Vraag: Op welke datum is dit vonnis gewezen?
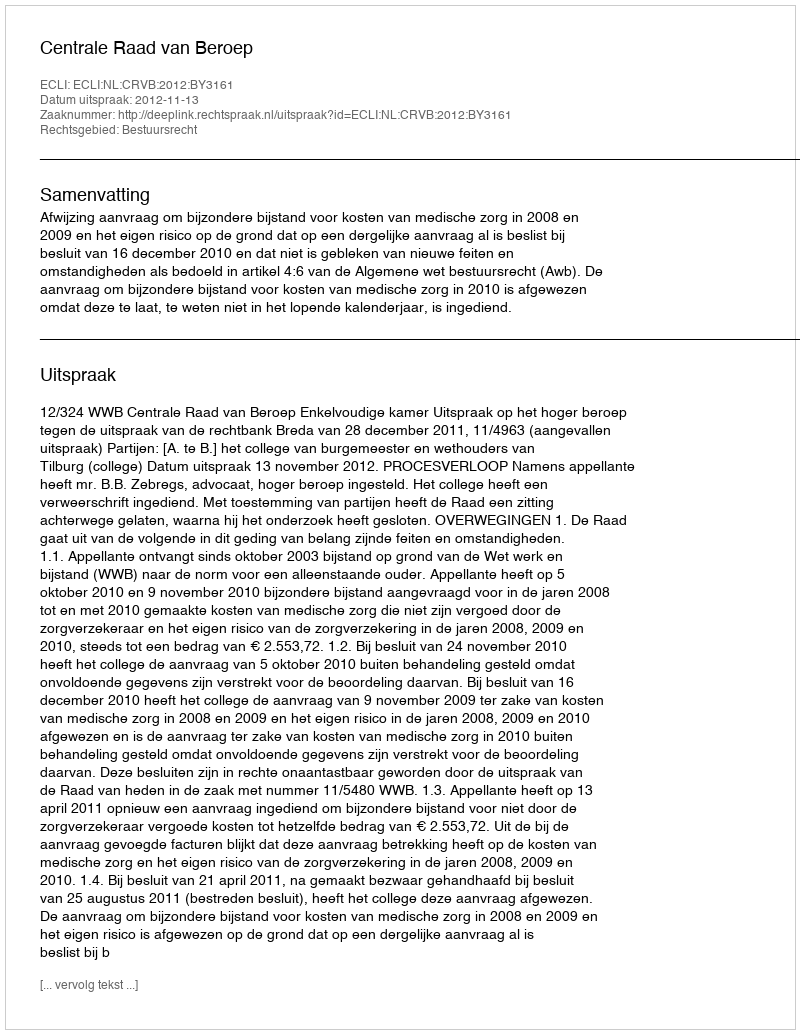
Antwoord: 2012-11-13